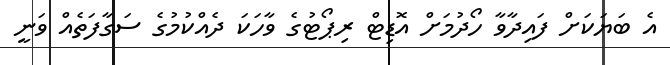
އެ ބަޔަކަށް ފައިދާވާ ހޯދުމަށް އޮޑިޓް ރިޕޯޓުގެ ވާހަކަ ދެއްކުމުގެ ސަގާފަތެއް ވަނީ